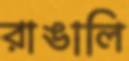
রাঙালি